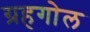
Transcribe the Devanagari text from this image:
ग्रहगोल